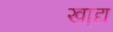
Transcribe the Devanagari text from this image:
खा़द्य